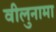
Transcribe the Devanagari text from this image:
वीलुनामा